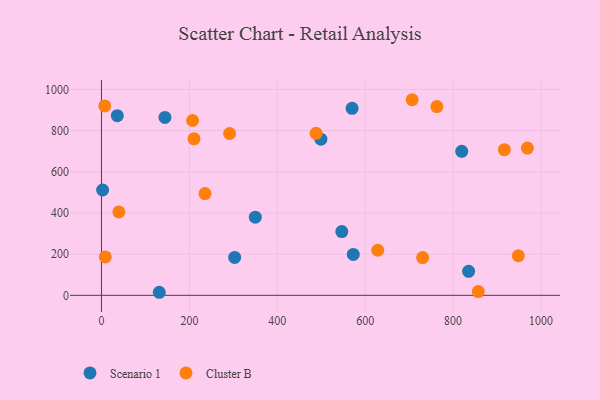
{"axis": {"x": "Engine Size", "y": "Sales"}, "legend": ["Cluster B", "Scenario 1"], "data": [{"x": "835.3", "y": 116.8, "type": "Scenario 1"}, {"x": "2.6", "y": 511.5, "type": "Scenario 1"}, {"x": "303.0", "y": 184.1, "type": "Scenario 1"}, {"x": "819.7", "y": 699.5, "type": "Scenario 1"}, {"x": "144.4", "y": 864.3, "type": "Scenario 1"}, {"x": "546.8", "y": 309.8, "type": "Scenario 1"}, {"x": "131.5", "y": 14.8, "type": "Scenario 1"}, {"x": "350.0", "y": 379.8, "type": "Scenario 1"}, {"x": "499.2", "y": 758.4, "type": "Scenario 1"}, {"x": "572.9", "y": 198.8, "type": "Scenario 1"}, {"x": "36.0", "y": 872.4, "type": "Scenario 1"}, {"x": "570.2", "y": 908.3, "type": "Scenario 1"}, {"x": "706.8", "y": 950.1, "type": "Cluster B"}, {"x": "628.6", "y": 218.9, "type": "Cluster B"}, {"x": "488.4", "y": 787.1, "type": "Cluster B"}, {"x": "235.5", "y": 494.4, "type": "Cluster B"}, {"x": "7.5", "y": 920.1, "type": "Cluster B"}, {"x": "8.7", "y": 186.3, "type": "Cluster B"}, {"x": "916.7", "y": 707.3, "type": "Cluster B"}, {"x": "207.3", "y": 849.2, "type": "Cluster B"}, {"x": "39.6", "y": 404.9, "type": "Cluster B"}, {"x": "948.4", "y": 192.1, "type": "Cluster B"}, {"x": "730.7", "y": 183.4, "type": "Cluster B"}, {"x": "969.0", "y": 715.0, "type": "Cluster B"}, {"x": "763.1", "y": 916.6, "type": "Cluster B"}, {"x": "857.3", "y": 18.4, "type": "Cluster B"}, {"x": "291.5", "y": 786.1, "type": "Cluster B"}, {"x": "210.5", "y": 760.4, "type": "Cluster B"}]}